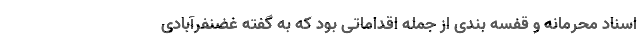
اسناد محرمانه و قفسه بندی از جمله اقداماتی بود که به گفته غضنفرآبادی